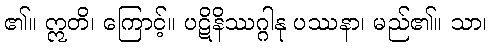
၏။ ဣတိ၊ ကြောင့်။ ပဋိနိဿဂ္ဂါနု ပဿနာ၊ မည်၏။ သာ၊